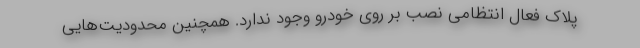
پلاک فعال انتظامی نصب بر روی خودرو وجود ندارد. همچنین محدودیت‌‌هایی